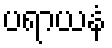
ပရာယနံ